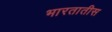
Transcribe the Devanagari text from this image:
भारतातीस